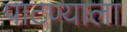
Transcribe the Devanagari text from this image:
पाटण्याला